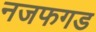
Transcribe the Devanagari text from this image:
नजफगड